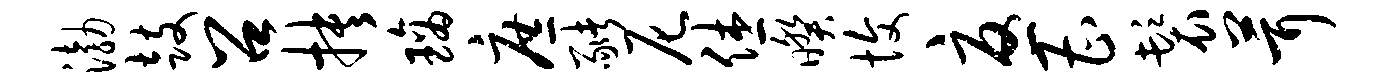
渤鼓召抉璃庶猪尼休暌愎忧曹鬟茸